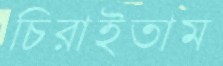
চিরাইতাম